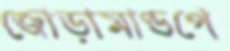
জোড়ামাণ্ডপে